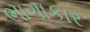
ભાગાકાર